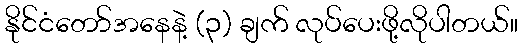
နိုင်ငံတော်အနေနဲ့ (၃) ချက် လုပ်ပေးဖို့လိုပါတယ်။